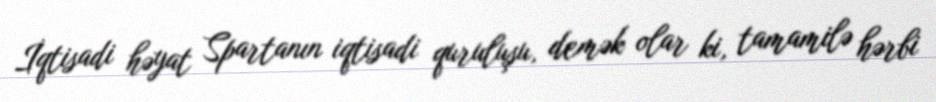
İqtisadi həyat Spartanın iqtisadi quruluşu, demək olar ki, tamamilə hərbi